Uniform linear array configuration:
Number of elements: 48
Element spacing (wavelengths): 0.5
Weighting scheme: exponential
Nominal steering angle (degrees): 15
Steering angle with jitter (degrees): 14.935
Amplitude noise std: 0.05
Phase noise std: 0.05

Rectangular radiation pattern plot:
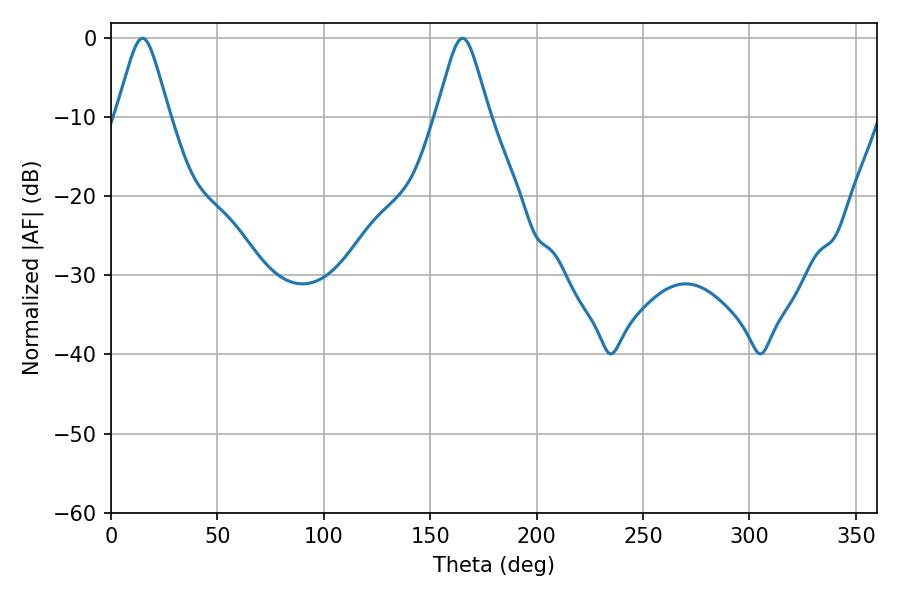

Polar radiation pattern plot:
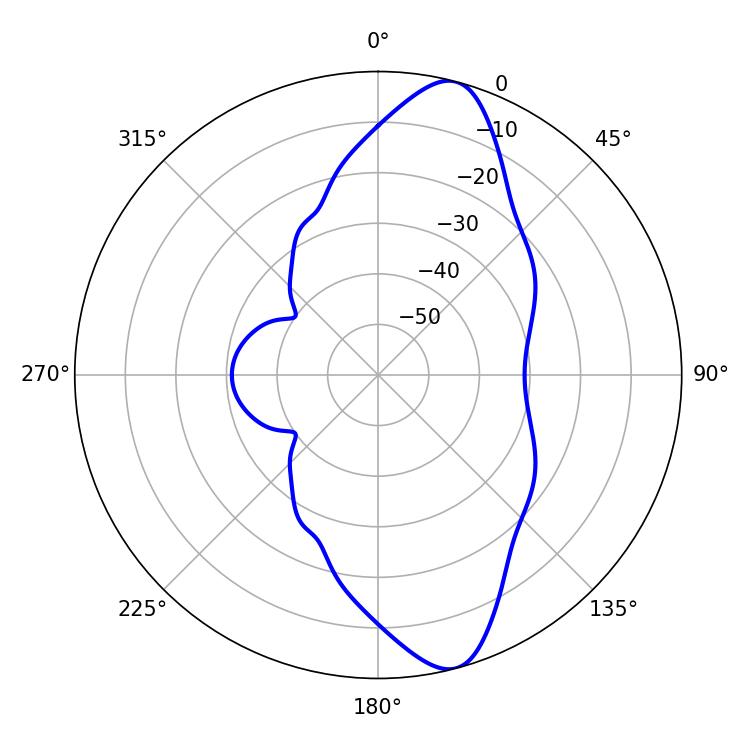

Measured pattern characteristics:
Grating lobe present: FALSE
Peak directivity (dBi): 11.818
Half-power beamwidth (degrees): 11.88
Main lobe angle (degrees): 165.24